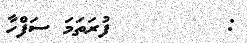
:        ފުރަތަމަ ސަފްހާ